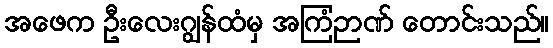
အဖေက ဦးလေးဂျွန်ထံမှ အကြံဉာဏ် တောင်းသည်။